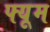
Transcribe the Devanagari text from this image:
फ्यूम